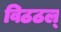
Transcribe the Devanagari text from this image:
विठठल्